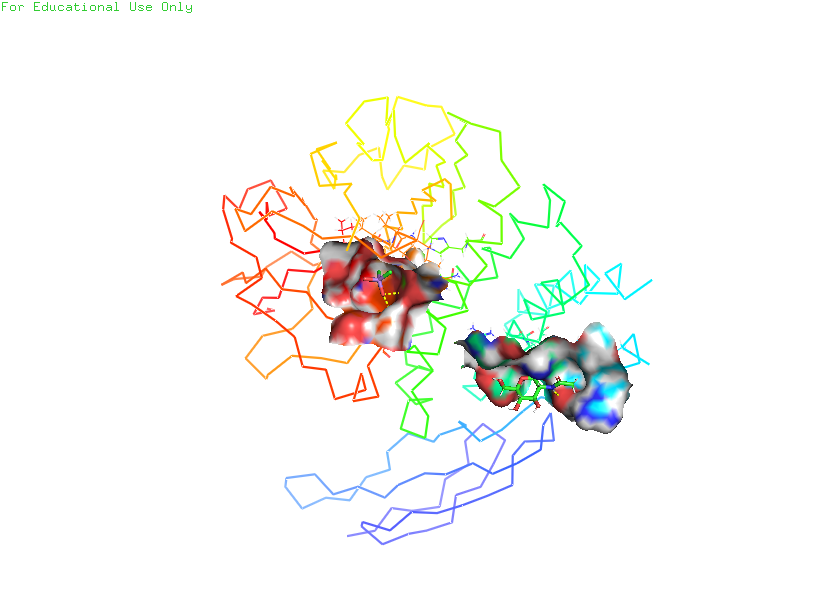
pymol, preset, ligand_sites